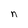
Character: n